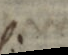
.